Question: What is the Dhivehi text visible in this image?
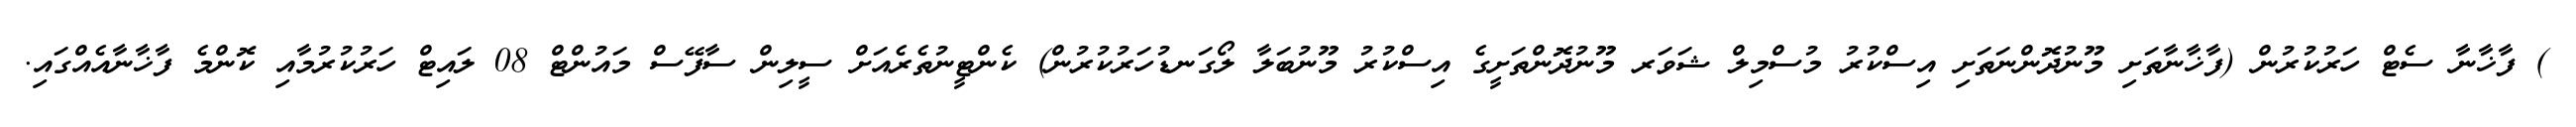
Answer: ) ފާޚާނާ ސެޓް ހަރުކުރުން (ފާޚާނާތަށި މޫނުދޮންނަތަށި އިސްކުރު މުސްމިލް ޝަވަރ މޫނުދޮންތަށީގެ އިސްކުރު މޫނުބަލާ ލޯގަނޑުހަރުކުރުން) ކެންޓީނުތެރެއަށް ސީލިން ސާފޭސް މައުންޓް 08 ލައިޓް ހަރުކުރުމާއި ކޮންމެ ފާޚާނާއެއްގައި.